Note on the mental hospitals in Burma - 1925-1940
Year: 1925
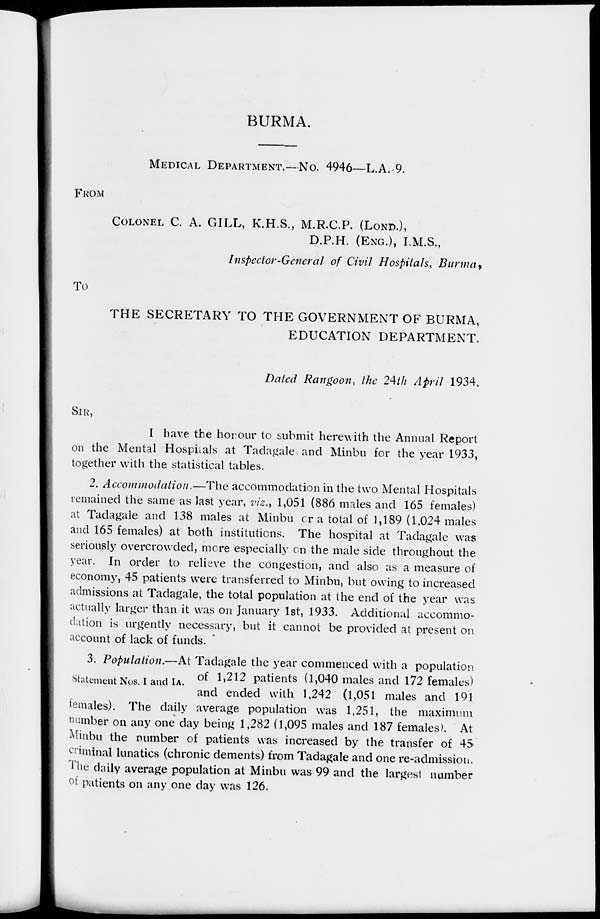
BURMA.
MEDICAL DEPARTMENT .—No. 4946—L.A. 9.
FROM
COLONEL C. A. GILL, K.H.S., M.R.C.P. (LOND.),
D.P.H. (ENG.), I.M.S.,
Inspector-General of Civil Hospitals, Burma,
To
THE SECRETARY TO THE GOVERNMENT OF BURMA,
EDUCATION DEPARTMENT.
Dated Rangoon, the 24th April 1934.
SIR,
I have the honour to submit herewith the Annual Report
on the Mental Hospitals at Tadagale and Minbu for the year 1933,
together with the statistical tables.
2. Accommodation.—The accommodation in the two Mental Hospitals
remained the same as last year, viz., 1,051 (886 males and 165 females)
at Tadagale and 138 males at Minbu or a total of 1,189 (1,024 males
and 165 females) at both institutions. The hospital at Tadagale was
seriously overcrowded, more especially on the male side throughout the
year. In order to relieve the congestion, and also as a measure of
economy, 45 patients were transferred to Minbu, but owing to increased
admissions at Tadagale, the total population at the end of the year was
actually larger than it was on January 1st, 1933. Additional accommo-
dation is urgently necessary, but it cannot be provided at present on
account of lack of funds.
Statement Nos. I and IA.
3. Population.—At Tadagale the year commenced with a population
of 1,212 patients (1,040 males and 172 females)
and ended with 1,242 (1,051 males and 191
females). The daily average population was 1,251, the maximum
number on any one day being 1,282 (1,095 males and 187 females). At
Minbu the number of patients was increased by the transfer of 45
criminal lunatics (chronic dements) from Tadagale and one re-admission.
The daily average population at Minbu was 99 and the largest number
of patients on any one day was 126.